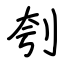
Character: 刳